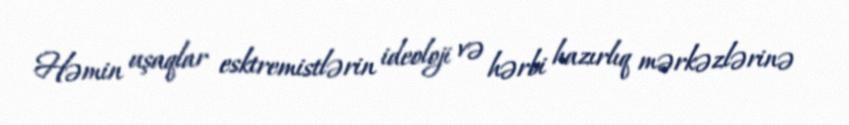
Həmin uşaqlar esktremistlərin ideoloji və hərbi hazırlıq mərkəzlərinə